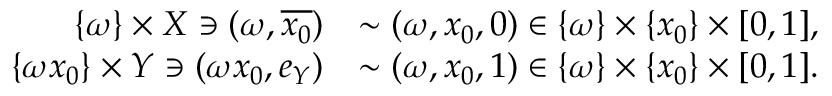
\begin{array} { r l } { \{ \omega \} \times X \ni ( \omega , \overline { { x _ { 0 } } } ) } & { \sim ( \omega , x _ { 0 } , 0 ) \in \{ \omega \} \times \{ x _ { 0 } \} \times [ 0 , 1 ] , } \\ { \{ \omega x _ { 0 } \} \times Y \ni ( \omega x _ { 0 } , e _ { Y } ) } & { \sim ( \omega , x _ { 0 } , 1 ) \in \{ \omega \} \times \{ x _ { 0 } \} \times [ 0 , 1 ] . } \end{array}